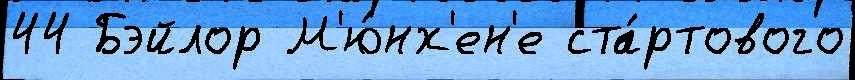
44 Бэйлор М'ю́нх'ен'е ста́ртового